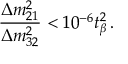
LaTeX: { \frac { \Delta m _ { 2 1 } ^ { 2 } } { \Delta m _ { 3 2 } ^ { 2 } } } < 1 0 ^ { - 6 } t _ { \beta } ^ { 2 } \, .